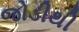
જોડીથી